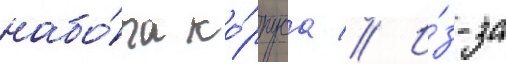
набо́ра ко́рпуса // И́з-за